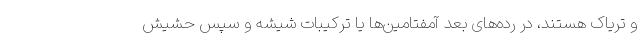
و تریاک هستند، در رده‌های بعد آمفتامین‌ها یا ترکیبات شیشه و سپس حشیش